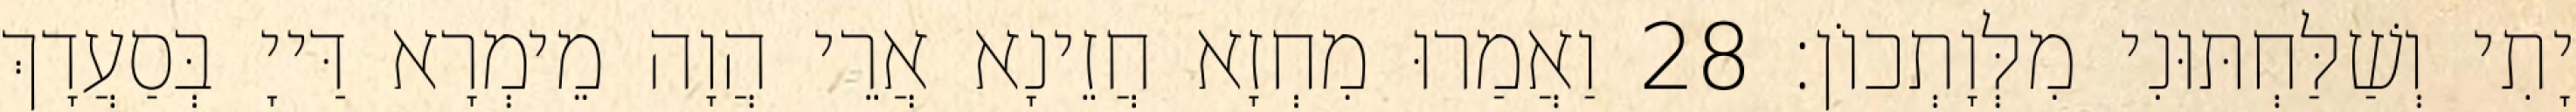
יָתִי וְשַׁלַּחְתּוּנִי מִלְּוָתְכוֹן׃ 28 וַאֲמַרוּ מִחְזָא חֲזֵינָא אֲרֵי הֲוָה מֵימְרָא דַּייָ בְּסַעֲדָךְ